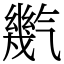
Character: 㡮